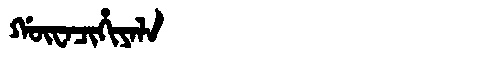
Manchu: ᡤᡡᠸᠠᠴᡳᡥᡳᠶᠠᠯᠠ
Romanization: GŪWACIHIYALA